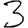
Digit: 3